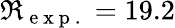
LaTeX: \Re_{\mathrm{~e~x~p~.~}}=19.2